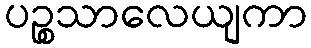
ပဉ္စသာလေယျကာ